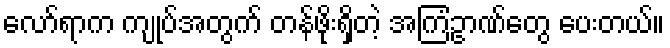
လော်ရာက ကျုပ်အတွက် တန်ဖိုးရှိတဲ့ အကြံဥာဏ်တွေ ပေးတယ်။